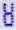
8